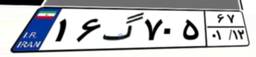
۱۶گ۷۰۵۶۷